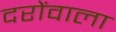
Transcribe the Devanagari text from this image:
दरोंवाला